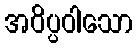
အဝိပ္ပဝါသော